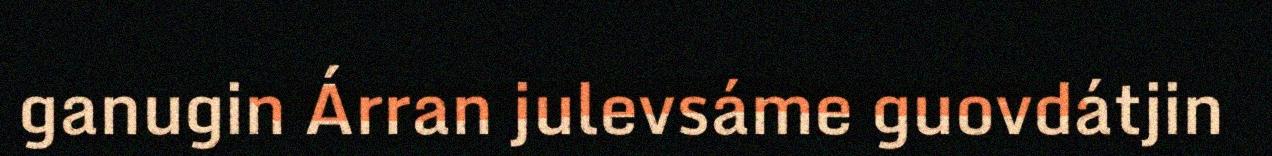
ganugin Árran julevsáme guovdátjin